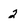
Character: 2